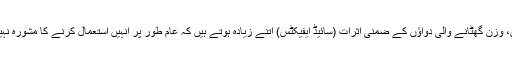
علاوہ ازیں، وزن گھٹانے والی دواؤں کے ضمنی اثرات (سائیڈ ایفیکٹس) اتنے زیادہ ہوتے ہیں کہ عام طور پر انہیں استعمال کرنے کا مشورہ نہیں دیا جاتا۔